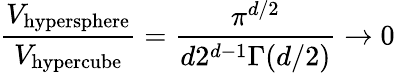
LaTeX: {\frac{V_{\mathrm{hypersphere}}}{V_{\mathrm{hypercube}}}}={\frac{\pi^{d/2}}{d2^{d-1}\Gamma(d/2)}}\rightarrow 0